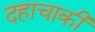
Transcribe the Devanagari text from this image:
दहाचाकी